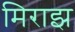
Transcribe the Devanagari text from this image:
मिराझ